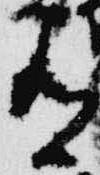
有